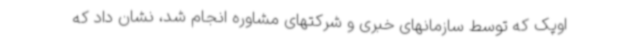
اوپک که توسط سازمانهای خبری و شرکتهای مشاوره انجام شد، نشان داد که